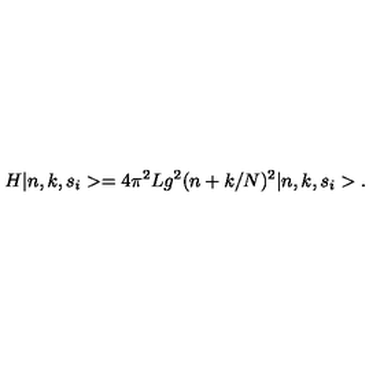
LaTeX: H \vert n , k , s _ { i } > = 4 \pi ^ { 2 } L g ^ { 2 } ( n + k / N ) ^ { 2 } \vert n , k , s _ { i } > .